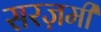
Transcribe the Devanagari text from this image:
सरज़मीं